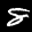
Label: 8